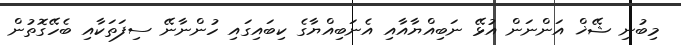
މިބުނި ޝޭޚް އަންނަން އުޅޭ ނަބިއްޔާއާއި އެނަބިއްޔާގެ ކިބައިގައި ހުންނާނޭ ސިފަތަކާއި ބެހޭގޮތުން